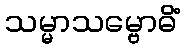
သမ္မာသမ္ဗောဓိံ